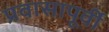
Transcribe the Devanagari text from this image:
प्रवासापूर्वी